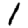
Digit: 1